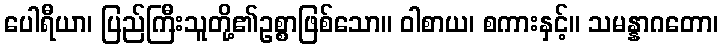
ပေါရီယာ၊ ပြည်ကြီးသူတို့၏ဥစ္စာဖြစ်သော။ ဝါစာယ၊ စကားနှင့်။ သမန္နာဂတော၊